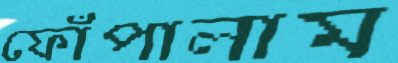
ফোঁপালাম